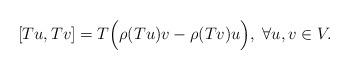
LaTeX: \begin{align*} [Tu,Tv]=T\Big(\rho(Tu)v-\rho(Tv)u\Big),\;\forall u,v\in V.\end{align*}